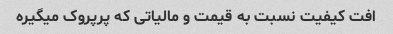
افت کیفیت نسبت به قیمت و مالیاتی که پرپروک میگیره